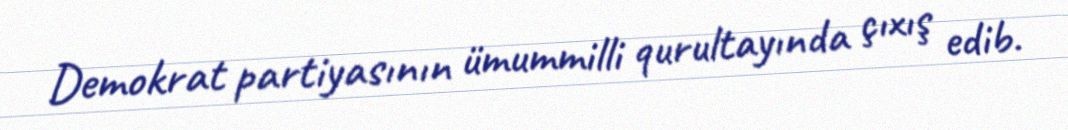
Demokrat partiyasının ümummilli qurultayında çıxış edib.